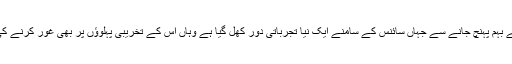
ذراتی انرجی کے بہم پہنچ جانے سے جہاں سائنس کے سامنے ایک نیا تجرباتی دور کھل گیا ہے وہاں اس کے تخریبی پہلوؤں پر بھی غور کرنے کی ضرورت ہے۔